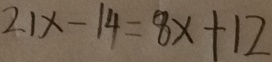
2 1 x - 1 4 = 8 x + 1 2